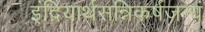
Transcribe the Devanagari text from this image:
इंद्रियार्थसन्निकर्षजन्यं